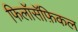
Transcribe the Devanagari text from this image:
फिलॉसॅफ़िकल